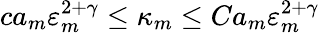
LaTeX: ca_{m}\varepsilon_{m}^{2+\gamma}\leq\kappa_{m}\leq Ca_{m}\varepsilon_{m}^{2+\gamma}